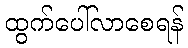
ထွက်ပေါ်လာစေရန်